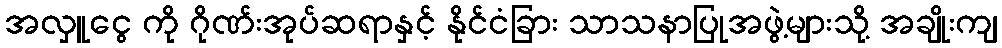
အလှူငွေ ကို ဂိုဏ်းအုပ်ဆရာနှင့် နိုင်ငံခြား သာသနာပြုအဖွဲ့များသို့ အချိုးကျ